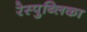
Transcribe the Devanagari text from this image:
रेस्पुब्लिका